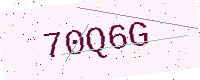
Text: 70Q6G